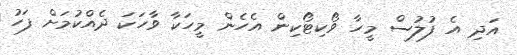
އަދި އެ ފުލުސް މީހާ ވޯކިޓޯކިން އެހެން މީހަކާ ވާހަކަ ދެއްކުމަށް ފަހު